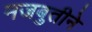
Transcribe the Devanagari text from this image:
मजबुतीने